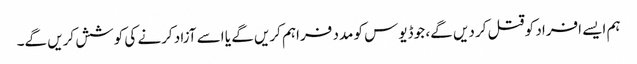
ہم ایسے افراد کو قتل کر دیں گے، جو ڈیوس کو مدد فراہم کریں گے یا اسے آزاد کرنے کی کوشش کریں گے۔